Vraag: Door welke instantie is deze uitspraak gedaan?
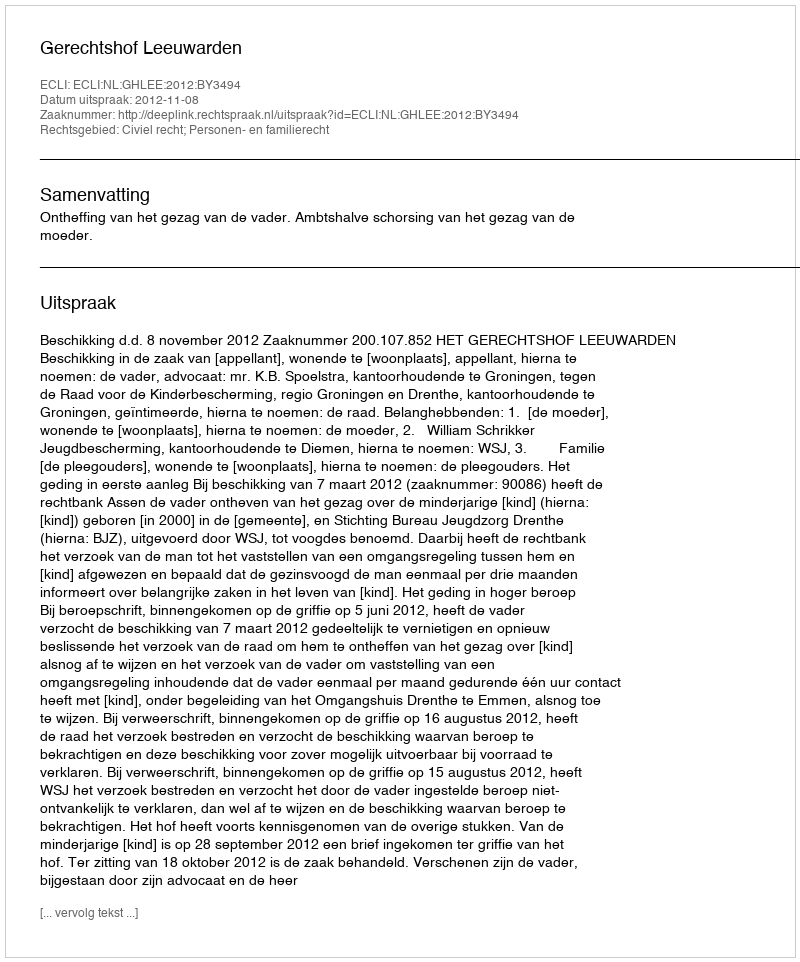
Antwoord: Gerechtshof Leeuwarden